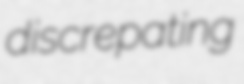
discrepating